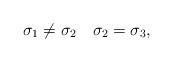
LaTeX: \begin{align*}\sigma_1 \neq \sigma_2\quad\sigma_2= \sigma_3,\end{align*}